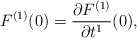
\begin{align*}F^{(1)}(0)=\frac{\partial F^{(1)}}{\partial t^1}(0),\end{align*}